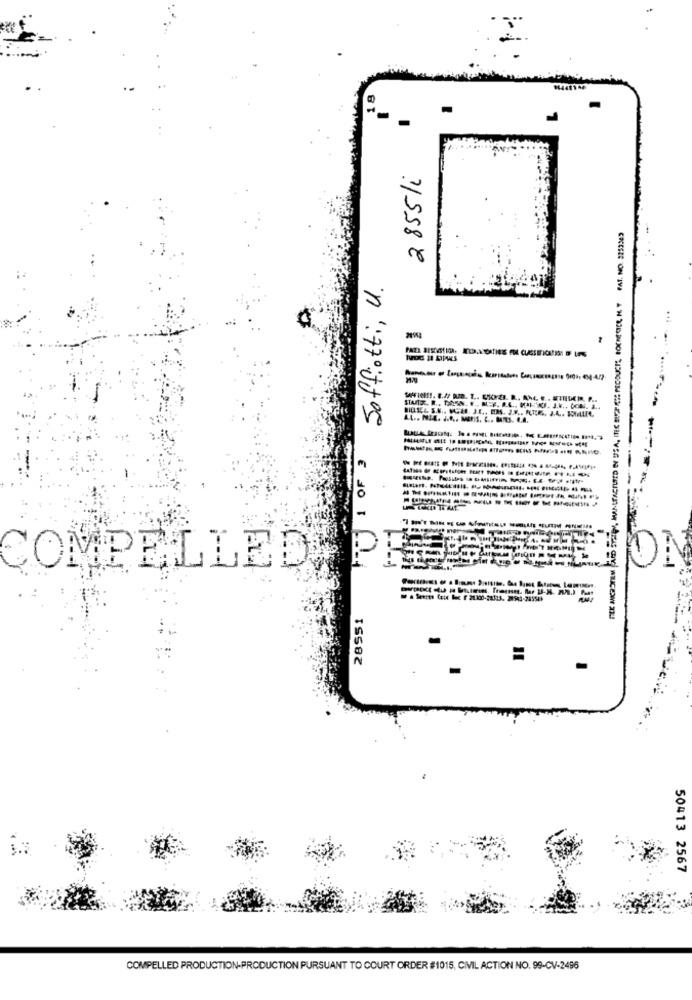
81
2855/i
ITEC BICPICIE PRODUCTS, POCHECIEL, H. Y FAT. NO. 2259369
Soffiotti, U.
COMPELLED P
28551
50413 2567
COMPELLED PRODUCTION-PRODUCTION PURSUANT TO COURT ORDER #1015, CIVIL ACTION NO. 99-CV-2496